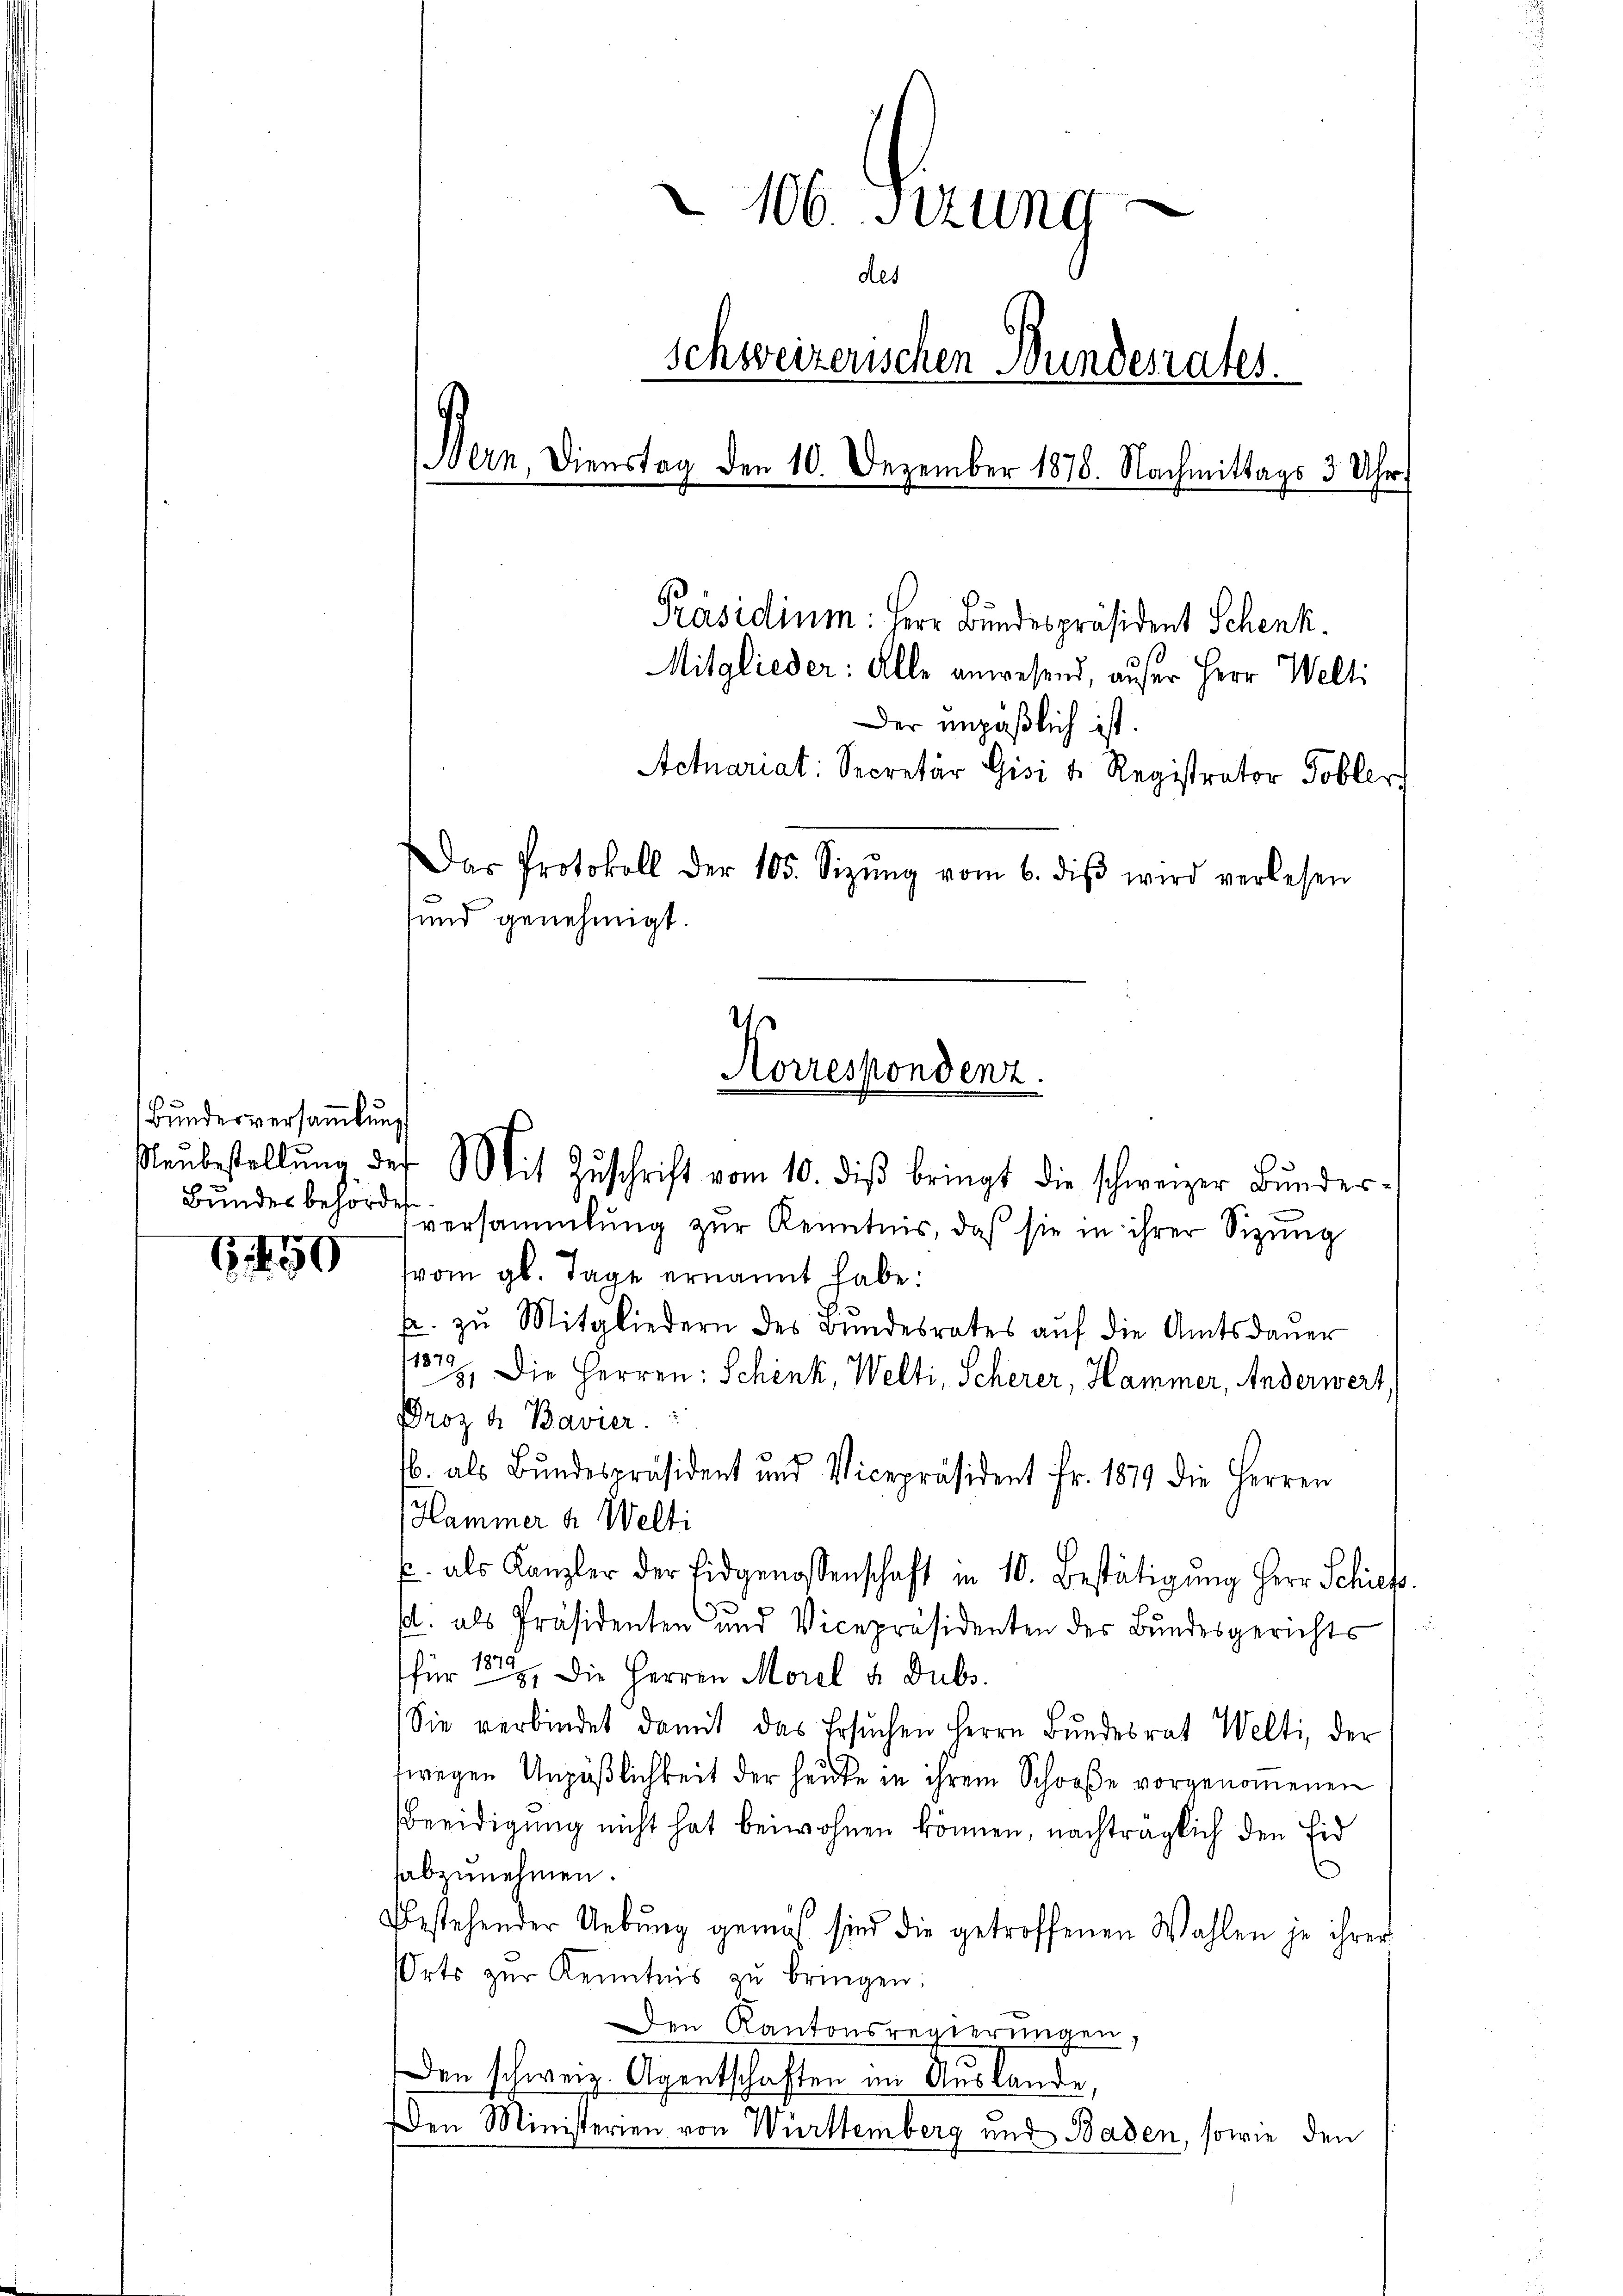
6450

Bundesversamlung
Bundesbehörder

106. Setzung
des
schweizerischen Bundesrates.
Bern, Dienstag den 10. Dezember 1876. Nachmittags 3 Uhr
Präsidium: Herr Bundespräsident Schenk.
Mitglieder: Alle anwesend, auser Herr Welti
Der unpäßlich ist.
Actuariat: Secretär Gisi u. Registrator Tobler
Das Protokoll der 105. Sizŭng vom 6. diβ wird verlesen
sund genehmigt.

versammlung zur Kenntnis, daß sie in ihrer Sizung
vom gl. Tage ernannt habe:
p. zŭ Mitgliedern des Bŭndesrates aŭf die Amtsdaŭer
122. Die Herren: Schenk, Welti, Scherer, Hammer, Anderwert.
Droz. A. Bavier.
b. als Bundespräsident und Vicepräsident Fr. 1879 die Herren
Hammer u. Welti
. als Kanzler der Eidgenossenschaft in 10. Bestätigŭng Herr Schief
st. als Präsidenten und Vicepräsidenten des Bŭndesgerichts
für 152. Die Herren Morel u. Dubs.
Sie verbindet damit das Ersŭchen Herrn Bŭndesrat Welti, der
fwegen Unpäßlichkeit der heute in ihrem Schooße vorgenommenen
Beeidigung nicht hat beiwohnen können, nachträglich den Eid
habzunehmen.
Bestehender Uebung gemäß sind die getroffenen Wahlen je ihrer
Orts zŭr Kenntnis zŭ bringen:
Den Kantonsregierŭngen,
Den schweiz. Agentschaften im Auslande,
Den Ministerien von Württemberg und Baden, sowie den

Korrespondenz.
Neŭbestellŭng des Mit Zŭschrift vom 10. diβ bringt die schweizer Bŭndes-